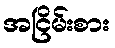
အငြိမ်းစား